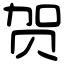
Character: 贺